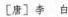
[唐]李白